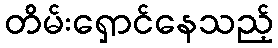
တိမ်းရှောင်နေသည့်